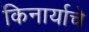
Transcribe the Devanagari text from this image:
किनार्याचे